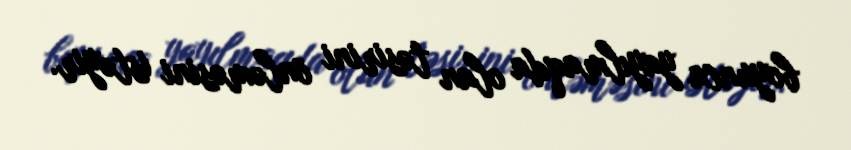
boyunca yayılmaqda olan təsirini önləməsini istəyir.